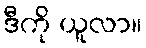
ဒီကို ယူလာ။